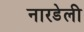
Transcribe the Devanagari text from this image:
नारडेली